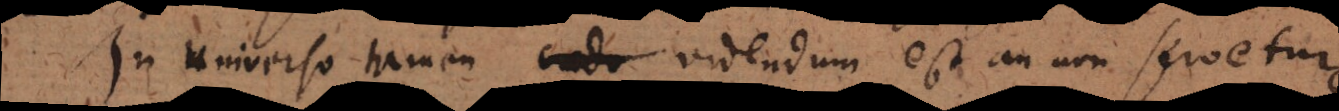
In universo tamen eade videndum est an non servetur